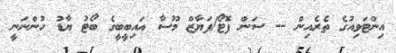
އިންޓަވިއުގެ ތެރެއިން -- ސަން ފޮޓޯ/ފަޔާޒް މޫސާ އައިބީބީގެ ބޯޓު ޔާޑު ހުންނަނީ